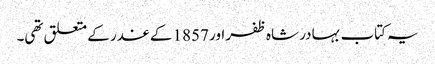
یہ کتاب بہادر شاہ ظفر اور 1857 کے غدر کے متعلق تھی۔